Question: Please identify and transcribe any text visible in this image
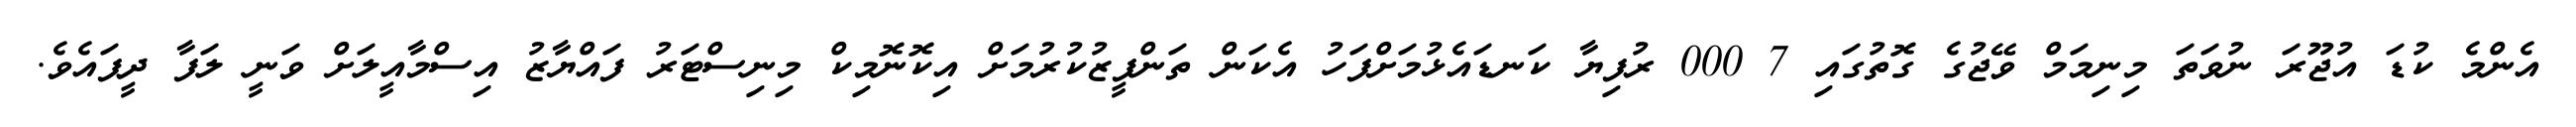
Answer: އެންމެ ކުޑަ އުޖޫރަ ނުވަތަ މިނިމަމް ވޭޖުގެ ގޮތުގައި 7 000 ރުފިޔާ ކަނޑައެޅުމަށްފަހު އެކަން ތަންފީޒުކުރުމަށް އިކޮނޮމިކް މިނިސްޓަރު ފައްޔާޒު އިސްމާއީލަށް ވަނީ ލަފާ ދީފައެވެ.